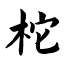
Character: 柁